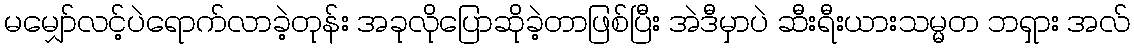
မမျှော်လင့်ပဲရောက်လာခဲ့တုန်း အခုလိုပြောဆိုခဲ့တာဖြစ်ပြီး အဲဒီမှာပဲ ဆီးရီးယားသမ္မတ ဘရှား အလ်